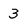
Character: 3